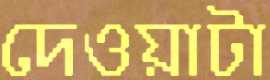
দেওয়াটা